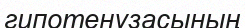
гипотенузасының